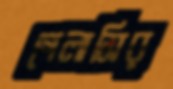
গেলাসির